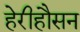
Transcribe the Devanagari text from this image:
हेरीहौसन